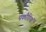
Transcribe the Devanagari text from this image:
पकौडियां